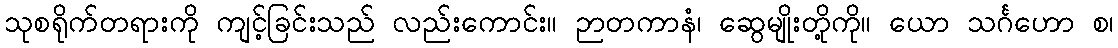
သုစရိုက်တရားကို ကျင့်ခြင်းသည် လည်းကောင်း။ ဉာတကာနံ၊ ဆွေမျိုးတို့ကို။ ယော သင်္ဂဟော စ၊